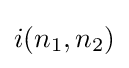
i(n_{1},n_{2})